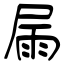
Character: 屚